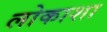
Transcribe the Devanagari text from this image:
लोकाशा